Dysentery and liver abscess in Bombay - Number 47
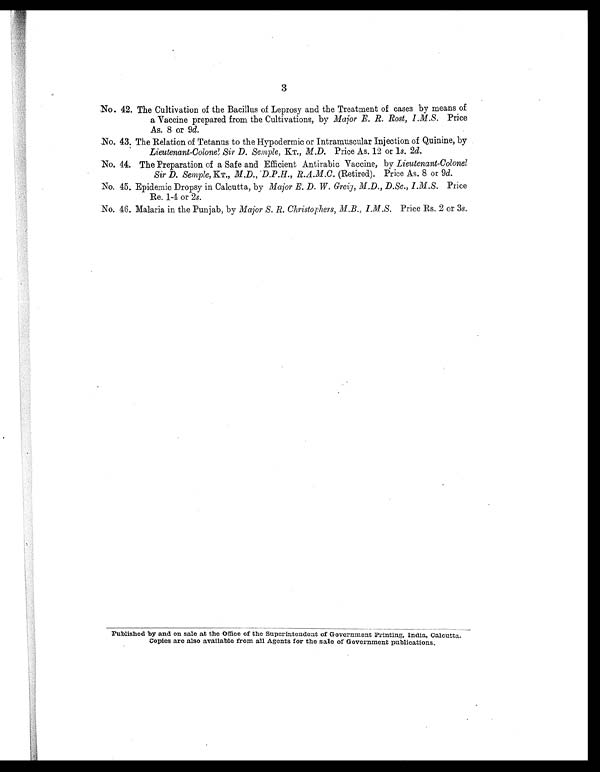
3
No . 42. The Cultivation of the Bacillus of Leprosy and the Treatment of cases by means of
a Vaccine prepared from the Cultivations, by Major E. R. Rost, I.M.S. Price
As. 8 or 9d.
No. 43. The Relation of Tetanus to the Hypodermic or Intramuscular Injection of Quinine, by
Lieutenant-Colonel Sir D. Semple, KT., M.D . Price As. 12 or 1s. 2d.
No. 44. The Preparation of a Safe and Efficient Antirabic Vaccine, by Lieutenant-Colonel
Sir D. Semple, KT., M.D.,. D.P.H., R.A.M.C . (Retired). Price As. 8 or 9d.
No. 45. Epidemic Dropsy in Calcutta, by Major E. D. W. Greig, M.D., D.Sc., I.M.S. Price
Re. 1-4 or 2s.
No. 46. Malaria in the Punjab, by Major S. R. Christophers, M.B., I.M.S. Price Rs. 2 or 3s.
Publ i shed by and on sal e at the Offi ce of the Superi ntendent of Government Pri nti ng, Indi a, Cal cutta.
Copi es are al so avai l abl e from al l Agents for the sal e of Government publ i cati ons.